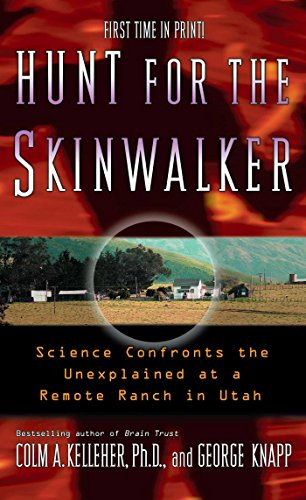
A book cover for Hunt for the Skinwalker: Science Confronts the Unexplained at a Remote Ranch in Utah; Ph.D. Colm A. Kelleher Ph.D.; Religion & Spirituality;